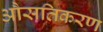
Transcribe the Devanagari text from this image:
औसतिकरण